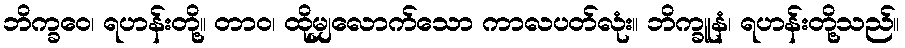
ဘိက္ခဝေ၊ ရဟန်းတို့။ တာဝ၊ ထိုမျှလောက်သော ကာလပတ်လုံး။ ဘိက္ခူနံ၊ ရဟန်းတို့သည်။